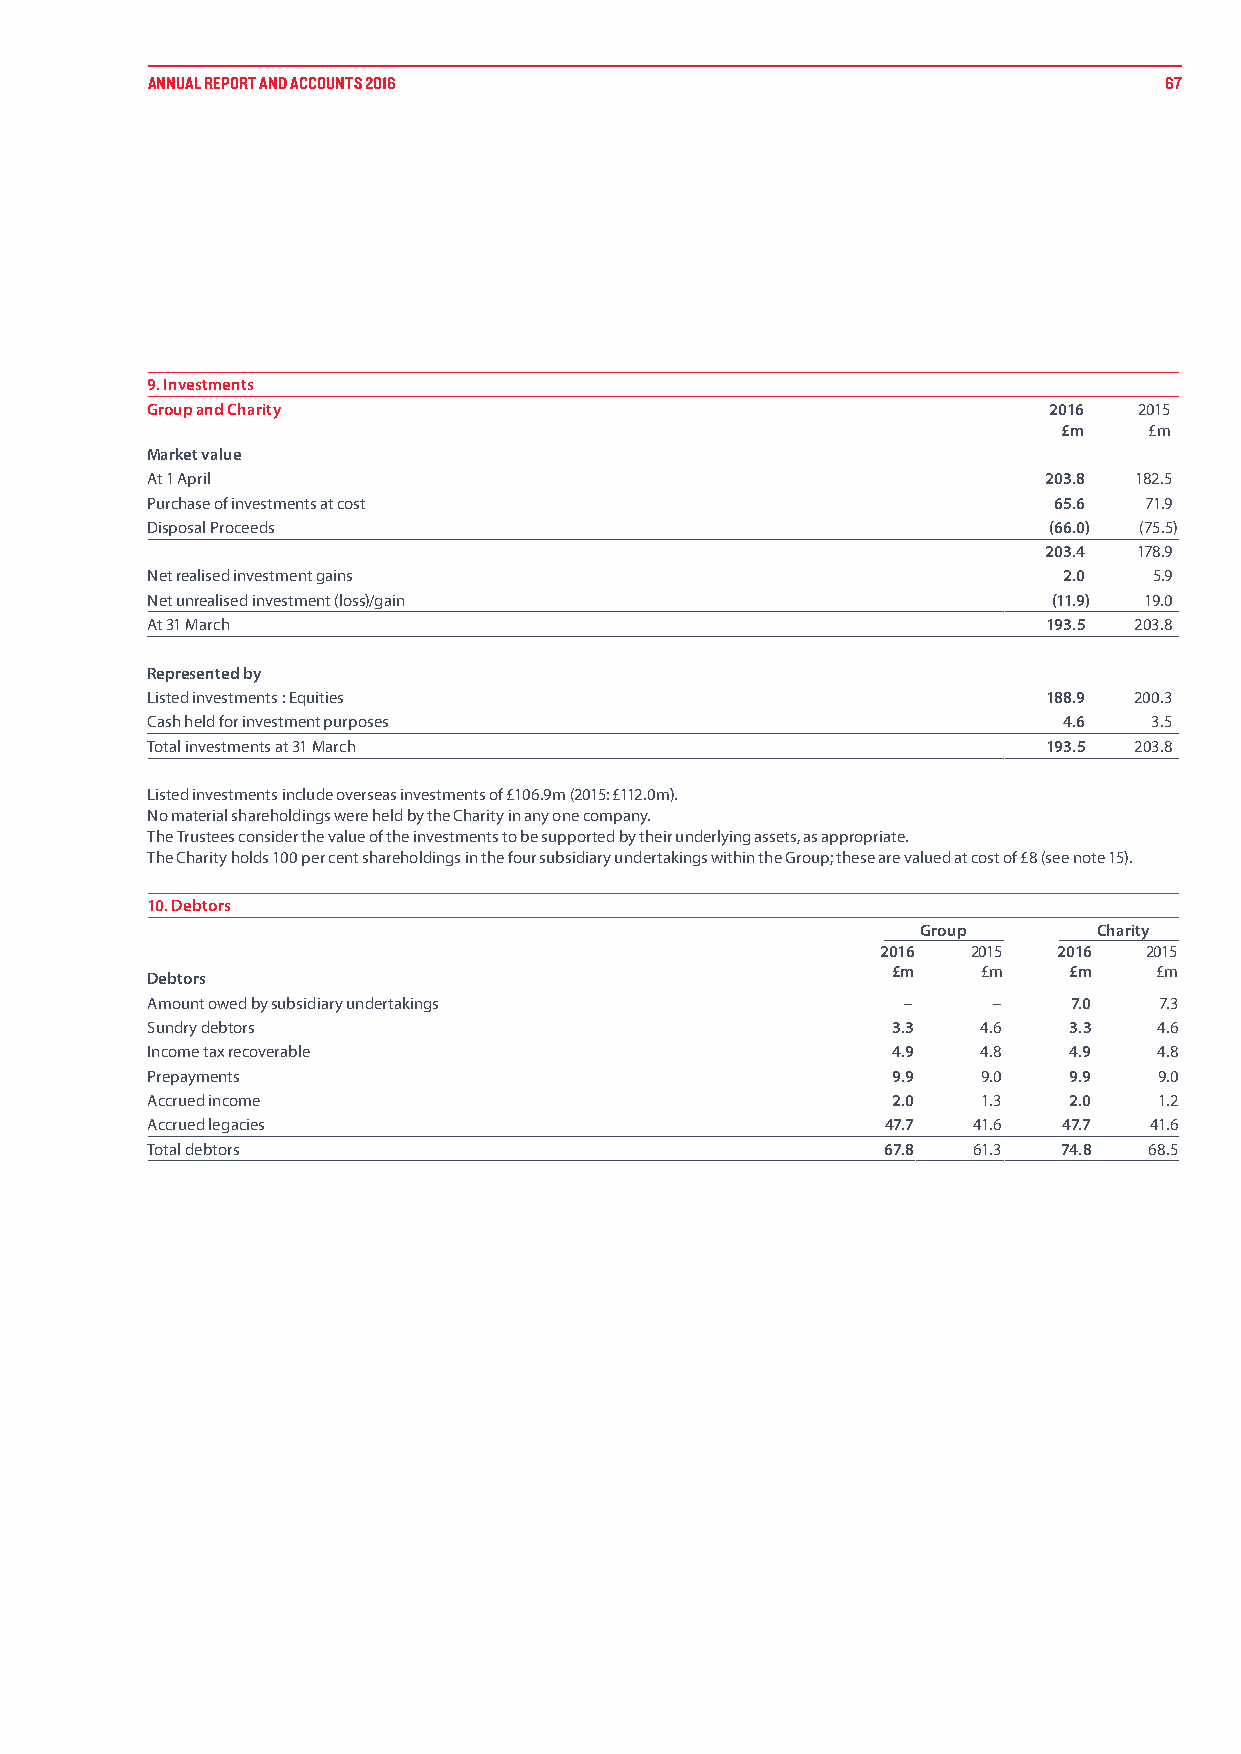
ANNUAL REPORT AND ACCOUNTS 2016                                    67
 9. Investments
 Group and Charity                                          2016  2015
 £m    £m
 Market value
 At 1 April                                                 203.8 182.5
 Purchase of investments at cost                             65.6  71.9
 Disposal Proceeds                                          (66.0) (75.5)
 203.4 178.9
 Net realised investment gains                               2.0   5.9
 Net unrealised investment (loss)/gain                       (11.9) 19.0
 At 31 March                                                193.5 203.8
 Represented by
 Listed investments : Equities                              188.9 200.3
 Cash held for investment purposes                           4.6   3.5
 Total investments at 31 March                              193.5 203.8
 Listed investments include overseas investments of £106.9m (2015: £112.0m).
 No material shareholdings were held by the Charity in any one company.
 The Trustees consider the value of the investments to be supported by their underlying assets, as appropriate.
 The Charity holds 100 per cent shareholdings in the four subsidiary undertakings within the Group; these are valued at cost of £8 (see note 15).
 10. Debtors
 Group       Charity
 2016  2015  2016  2015
 £m    £m    £m   £m
 Debtors
 Amount owed by subsidiary undertakings            –     –    7.0   7.3
 Sundry debtors                                   3.3   4.6   3.3   4.6
 Income tax recoverable                           4.9   4.8   4.9   4.8
 Prepayments                                      9.9   9.0   9.9   9.0
 Accrued income                                   2.0   1.3   2.0   1.2
 Accrued legacies                                 47.7 41.6  47.7  41.6
 Total debtors                                    67.8 61.3  74.8  68.5